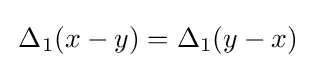
\,\Delta _{1}(x-y)=\Delta _{1}(y-x)